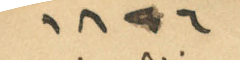
1896